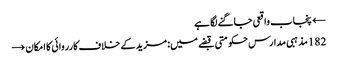
← پنجاب واقعی جاگنے لگا ہے
182 مذہبی مدارس حکومتی قبضے میں: مزید کے خلاف کارروائی کا امکان →